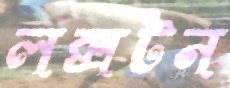
লক্সটন